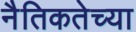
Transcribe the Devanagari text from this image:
नैतिकतेच्या